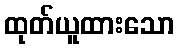
ထုတ်ယူထားသော